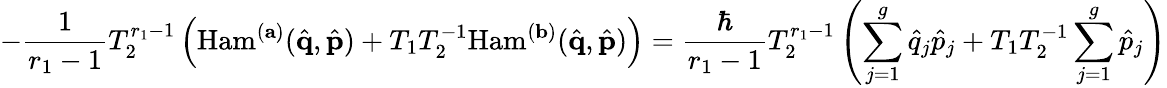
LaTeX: -\frac{1}{r_{1}-1}T_{2}^{r_{1}-1}\left(\mathrm{Ham}^{(\mathbf{a})}(\hat{\mathbf{q}},\hat{\mathbf{p}})+T_{1}T_{2}^{-1}\mathrm{Ham}^{(\mathbf{b})}(\hat{\mathbf{q}},\hat{\mathbf{p}})\right)=\frac{\hbar}{r_{1}-1}T_{2}^{r_{1}-1}\left(\sum_{j=1}^{g}\hat{q}_{j}\hat{p}_{j}+T_{1}T_{2}^{-1}\sum_{j=1}^{g}\hat{p}_{j}\right)